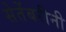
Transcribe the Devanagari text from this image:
सेतेंबरीनी